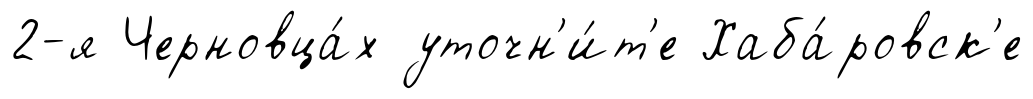
2-я Черновца́х уточн'и́т'е Хаба́ровск'е